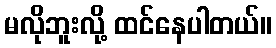
မလိုဘူးလို့ ထင်နေပါတယ်။